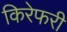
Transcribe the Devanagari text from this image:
किरेफरी